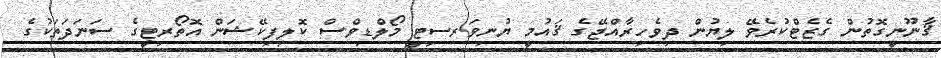
ޤާނޫނީގޮތުން ގެޒެޓްކުރެވޭ ލިޔުން ދިވެހިރާއްޖޭގެ ޤައުމީ ޔުނިވަރސިޓީ މޯލްޑިވްސް ކޮލިފިކޭޝަން އޮތޯރިޓީގެ ސަނަދަތަކުގެ